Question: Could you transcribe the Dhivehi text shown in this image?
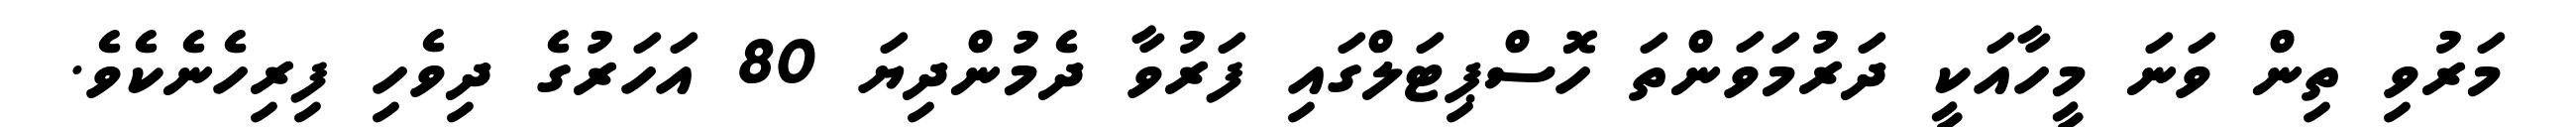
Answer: މަރުވި ތިން ވަނަ މީހާއަކީ ދަރުމަވަންތަ ހޮސްޕިޓަލްގައި ފަރުވާ ދެމުންދިޔަ 80 އަހަރުގެ ދިވެހި ފިރިހެނެކެވެ.